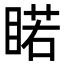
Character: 睰